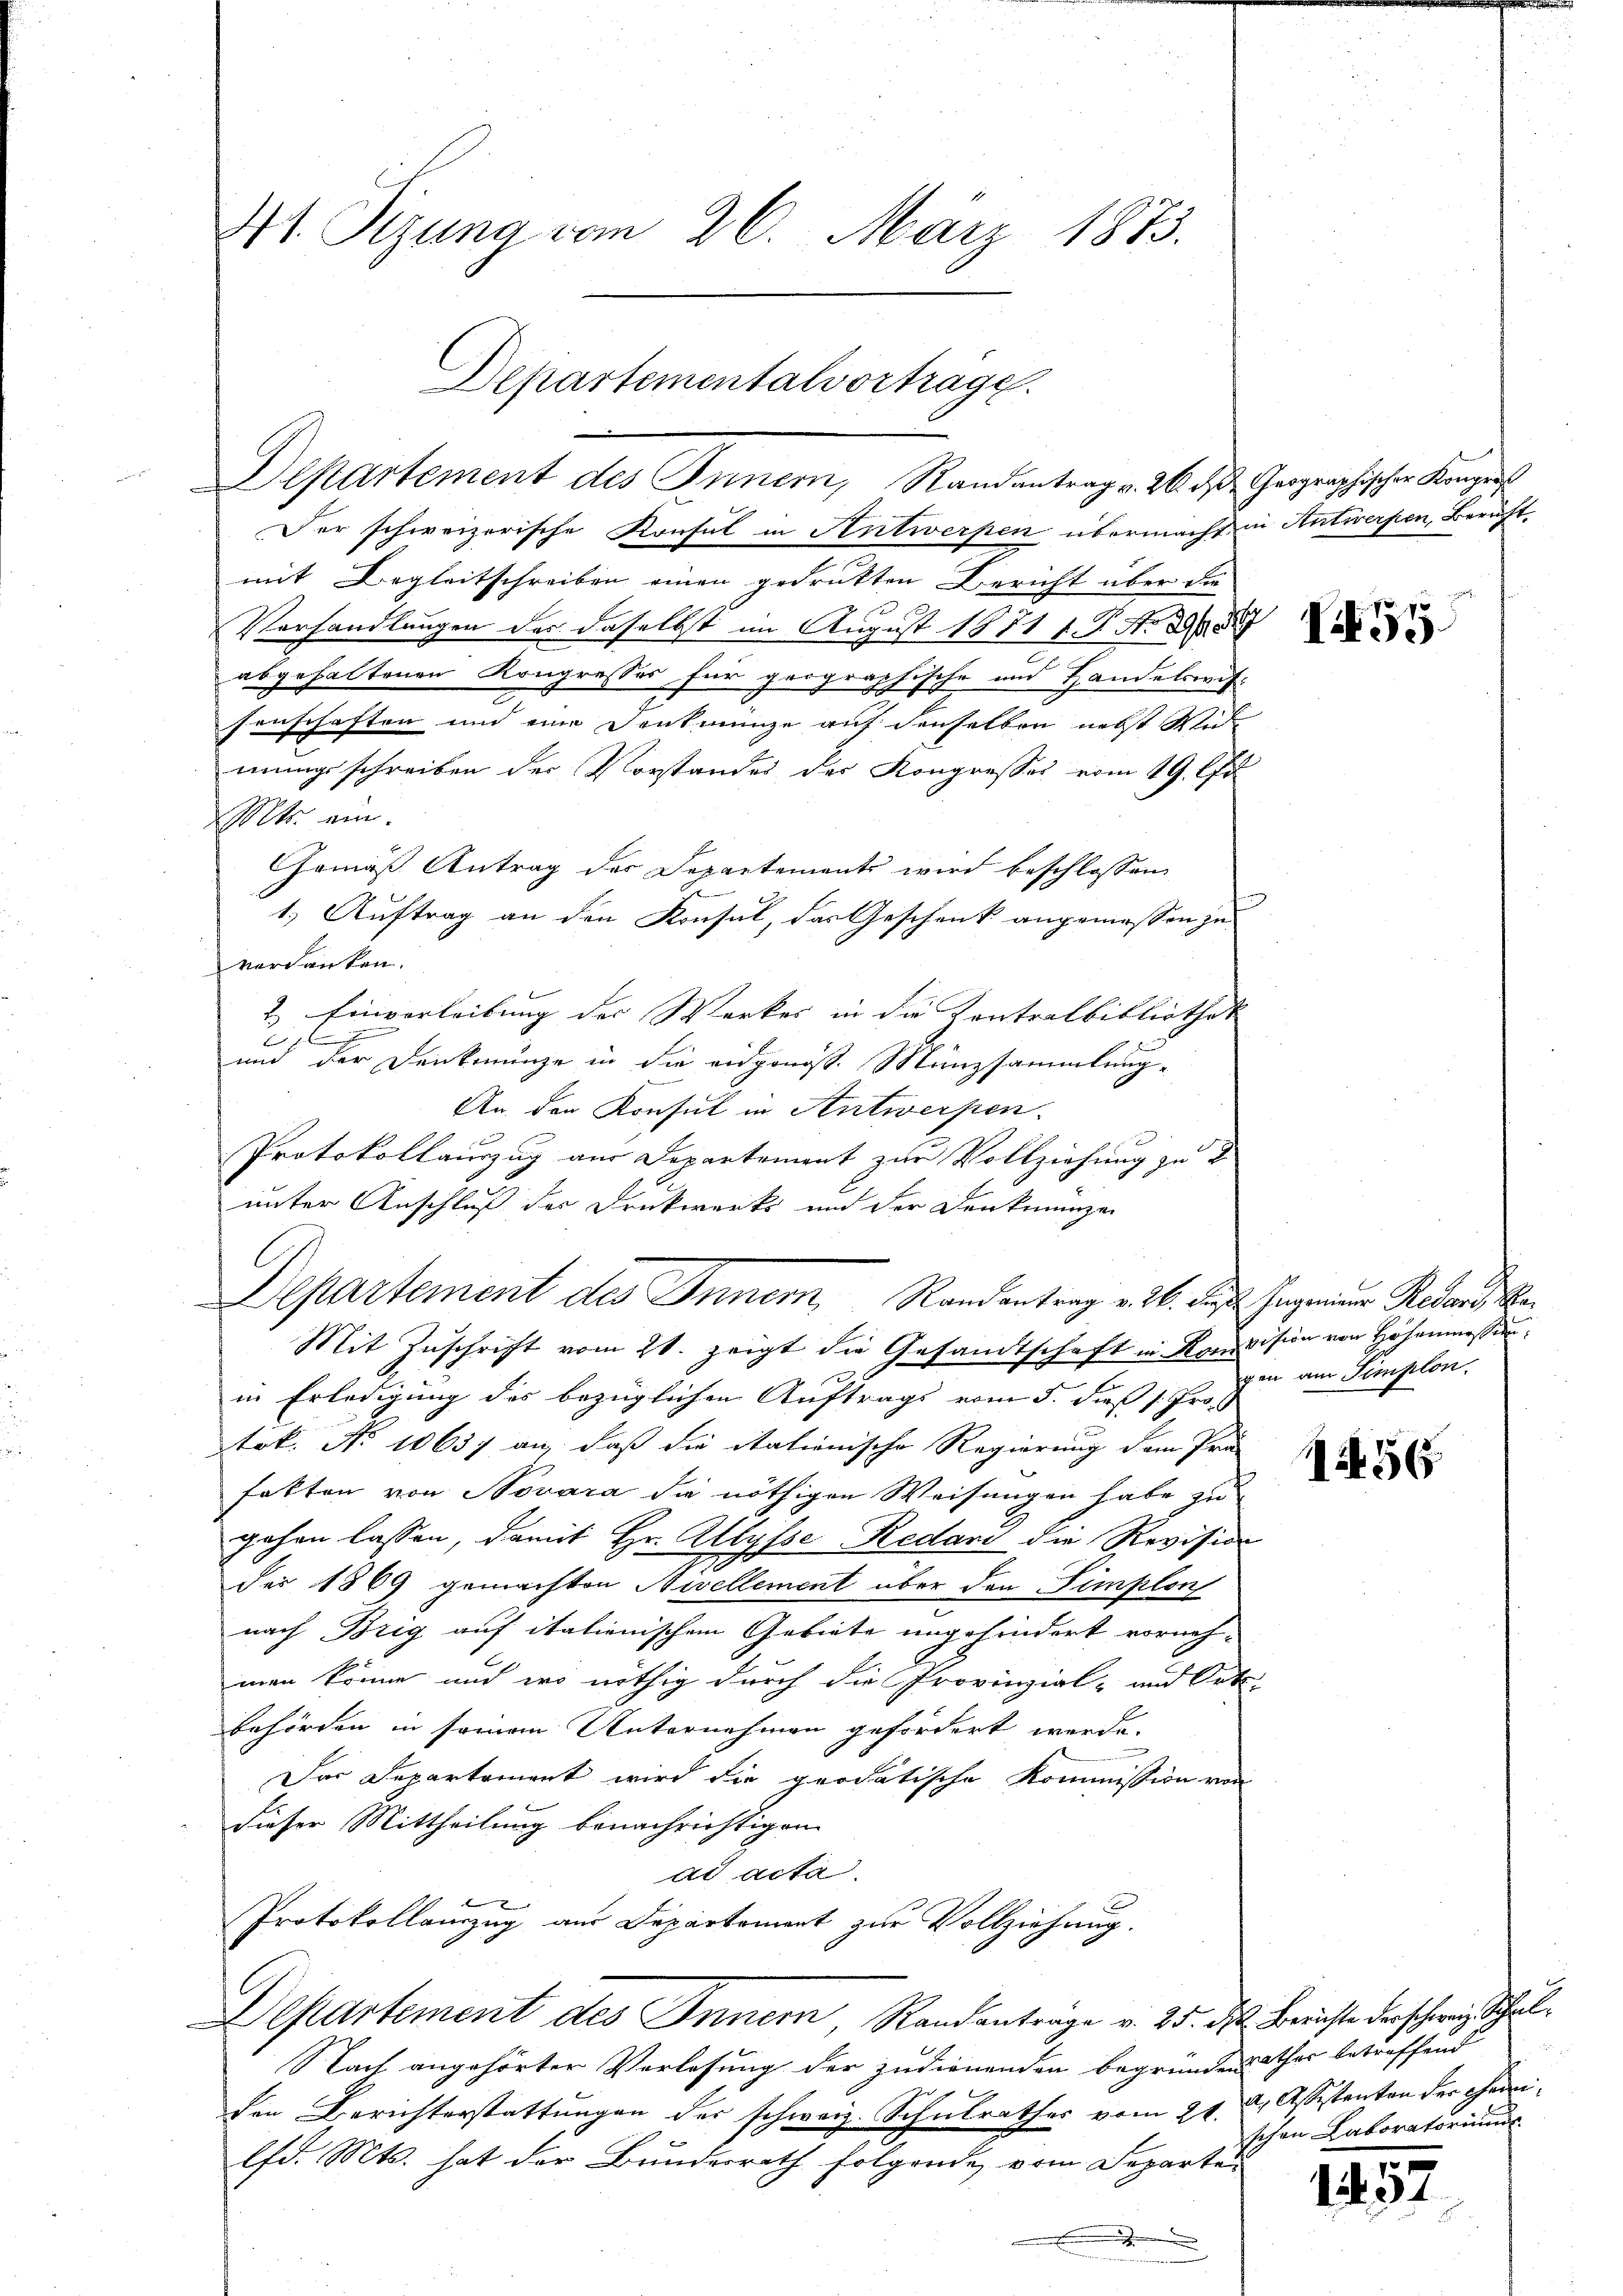
4t. Sizung vom 26. März 1873.

Departementalvortrage.
Departement des Innern, Randantrag v. 26. d. Geographischer Kongres

Der schweizerische Konsul in Antwerpen übermacht in Antwerfen, Bericht.
mit Begleitschreiben einen gedrukten Bericht über die
Verhandlungen des daselbst im August 1851 f. P. Nr. 288
abgehaltenen Kongresses für geographische und Handelswifsenschaften und eine Denkmünze auf denselben nebst Wid
mungsschreiben der Vorstandes des Kongresses vom 19. Au
Mts. ein.
emäß Antrag der Departements wird beschlossen
1.) Auftrag an den Konsul, das Geschenk angemessen je
verdanken.
2.) Einverleibung der Werkes in die Kontralbibliothek
x
und der Denkmünze in die eidgonist. Münzsammlung-
An den Konsul in Antwerpen.
Protokollauszug aus Departement zur Vollziehung zu e
unter Anschluß der Druckwerks und der Dankmünzen
C
Mit Zuschrift vom 21. zeigt die Gesandtschaft in Konvision von Höhenmessen:
in Erledigung des bezüglichen Auftrags vom 5. dieß s. Pro
tök. No 10637 an, daß die itationische Regierung dem Prä
fakten von Novara die nöthigen Weisungen habe zu
gehen lassen, damit Hr. Allysse Redavi die Revision
2
der 1869 gemachten Nivellement über den Simplon
nach Brig auf italienischem Gebiete ungehindert vorneh-
man könne und wo nöthig durch die Provinzial- und Orts-
behörden in seinem Unternehmen gefordert werde.
Das Departement wird die prodatische Kommission von
dieser Mittheilung benachrichtigen.
ad acta.
Protokollanzug aus Departement zur Vollziehung.
Departement des Innern, Randantrage v. 25. d. Berichte der schweiz schul¬
Nach angehörter Verlesung der zudienenden begründen Thor betreffend
den Berichterstattungen der schweiz. Schulrathes vom 21. d. Assistanton der Chemilfd. Mts. hat der Bundesrath folgende, vom Departen
.
d

Departement des Innern, Randantrag v. 26. des Hagemeiner Reden

55

gen am Simplon.

56

schen Laboratorium

1
3